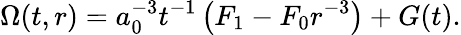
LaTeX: \Omega(t,r)=a_{0}^{-3}t^{-1}\left(F_{1}-F_{0}r^{-3}\right)+G(t).